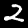
Digit: 2